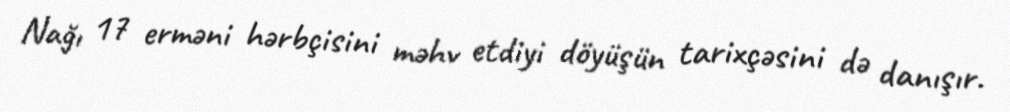
Nağı 17 erməni hərbçisini məhv etdiyi döyüşün tarixçəsini də danışır.